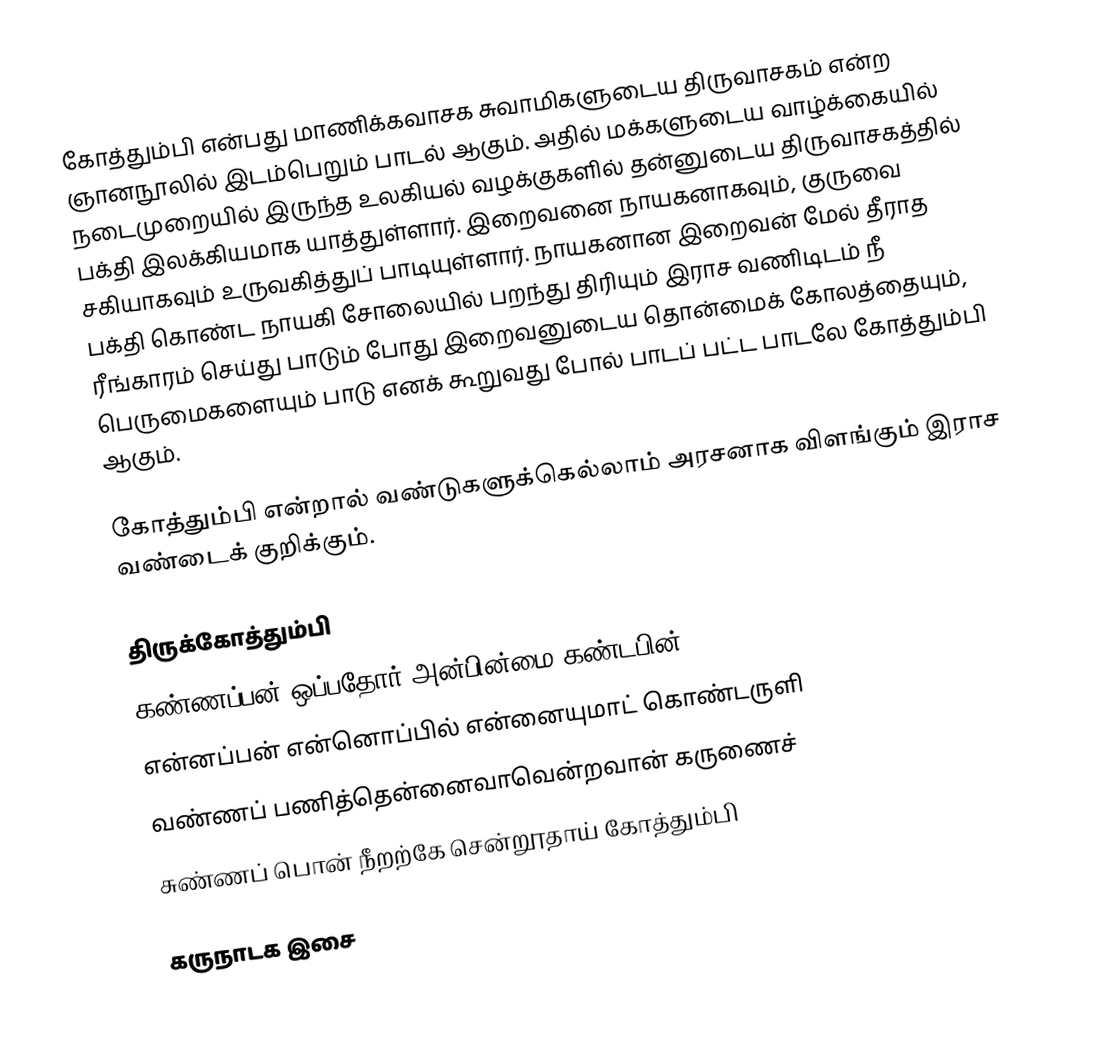
கோத்தும்பி என்பது மாணிக்கவாசக சுவாமிகளுடைய திருவாசகம் என்ற ஞானநூலில் இடம்பெறும் பாடல் ஆகும். அதில் மக்களுடைய வாழ்க்கையில் நடைமுறையில் இருந்த உலகியல் வழக்குகளில் தன்னுடைய திருவாசகத்தில் பக்தி இலக்கியமாக யாத்துள்ளார். இறைவனை நாயகனாகவும், குருவை சகியாகவும் உருவகித்துப் பாடியுள்ளார். நாயகனான இறைவன் மேல் தீராத பக்தி கொண்ட நாயகி சோலையில் பறந்து திரியும் இராச வணிடிடம் நீ ரீங்காரம் செய்து பாடும் போது இறைவனுடைய தொன்மைக் கோலத்தையும், பெருமைகளையும் பாடு எனக் கூறுவது போல் பாடப் பட்ட பாடலே கோத்தும்பி ஆகும்.

கோத்தும்பி என்றால் வண்டுகளுக்கெல்லாம் அரசனாக விளங்கும் இராச வண்டைக் குறிக்கும்.

திருக்கோத்தும்பி
 கண்ணப்பன் ஒப்பதோர் அன்பின்மை கண்டபின்
 என்னப்பன் என்னொப்பில் என்னையுமாட் கொண்டருளி
 வண்ணப் பணித்தென்னைவாவென்றவான் கருணைச்
 சுண்ணப் பொன் நீறற்கே சென்றூதாய் கோத்தும்பி

 கருநாடக இசை